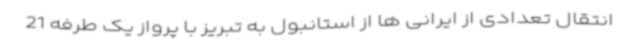
انتقال تعدادی از ایرانی ها از استانبول به تبریز با پرواز یک طرفه 21